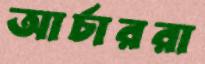
আর্চাররা